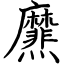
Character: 爢